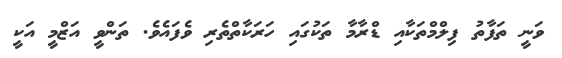
ވަނީ ތަފާތު ފިލްމްތަކާއި ޑްރާމާ ތަކުގައި ހަރަކާތްތެރި ވެފައެވެ. ތަންވީ އަޒްމީ އަކީ